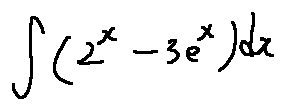
\int ( 2 ^ { x } - 3 e ^ { x } ) d x